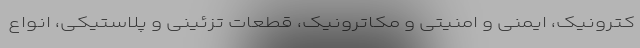
کترونیک، ایمنی و امنیتی و مکاترونیک، قطعات تزئینی و پلاستیکی، انواع